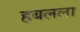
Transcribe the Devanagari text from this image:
हबलला